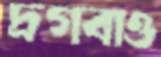
দ্রগবাও